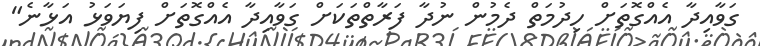
ގަވާއިދާ އެއްގޮތަށް ހިދުމަތް ދެމުން ނުދާ ފަރާތްތަކަށް ގަވާއިދާ އެއްގޮތަށް ފިޔަވަޅު އަޅާނެ"